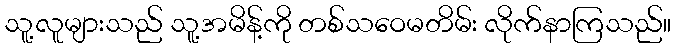
သူ့လူများသည် သူ့အမိန့်ကို တစ်သဝေမတိမ်း လိုက်နာကြသည်။